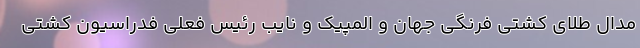
مدال طلای کشتی فرنگی جهان و المپیک و نایب رئیس فعلی فدراسیون کشتی